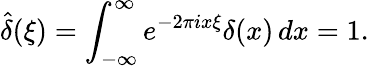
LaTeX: {\widehat{\delta}}(\xi)=\int_{-\infty}^{\infty}e^{-2\pi ix\xi}\delta(x)\, dx=1.